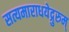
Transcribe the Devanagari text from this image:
सत्यमाराधयेद्गुरुम्